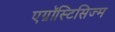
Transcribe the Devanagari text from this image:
एग्नॉस्टिसिज्म